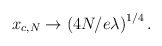
\begin{align*}x_{c,N} \rightarrow \left( 4 N / e \lambda \right)^{1/4}.\end{align*}